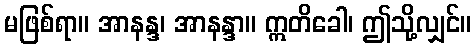
မဖြစ်ရာ။ အာနန္ဒ၊ အာနန္ဒာ။ ဣတိခေါ၊ ဤသို့လျှင်။